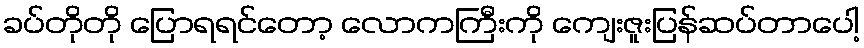
ခပ်တိုတို ပြောရရင်တော့ လောကကြီးကို ကျေးဇူးပြန်ဆပ်တာပေါ့